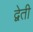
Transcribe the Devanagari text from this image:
द्वेती